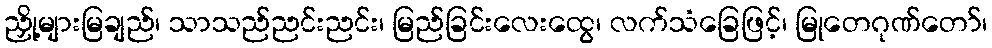
ညှို့များမြချည်၊ သာသည်ညင်းညင်း၊ မြည်ခြင်းလေးထွေ၊ လက်သံခြေဖြင့်၊ မြုတေဂုဏ်တော်၊